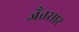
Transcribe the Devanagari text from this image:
जँतसार